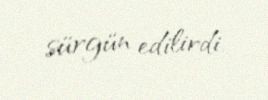
sürgün edilirdi.